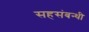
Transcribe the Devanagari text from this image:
सहसंबन्धी